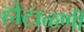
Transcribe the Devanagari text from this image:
होटाळणी